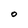
Character: O